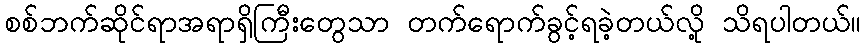
စစ်ဘက်ဆိုင်ရာအရာရှိကြီးတွေသာ တက်ရောက်ခွင့်ရခဲ့တယ်လို့ သိရပါတယ်။